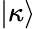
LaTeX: |\kappa\rangle